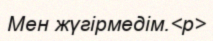
Мен жүгірмедім.<p>